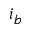
i _ { b }